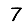
Digit: 7